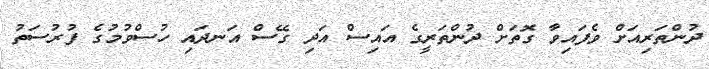
ދުންތަރިއަށް ވެފައިވާ ގޮތަށް ދުންތަރީގެ އައިސް އަދި ގޭސް އަނދައި ހުސްވުމުގެ ފުރުސަތު